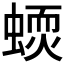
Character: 𧏦